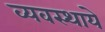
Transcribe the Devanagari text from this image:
व्यवस्थाये